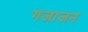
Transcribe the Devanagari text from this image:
गजाजन